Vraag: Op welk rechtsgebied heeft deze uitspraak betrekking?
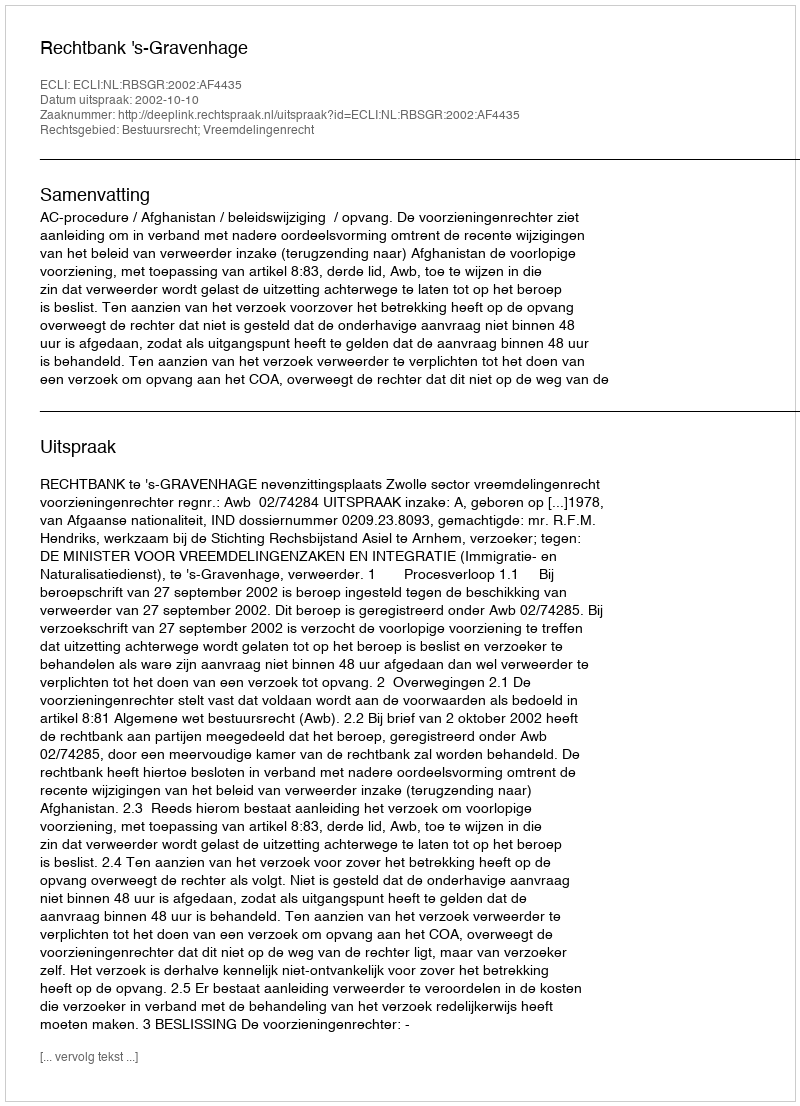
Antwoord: Bestuursrecht; Vreemdelingenrecht